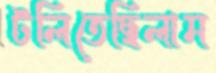
টলিতেছিলাম